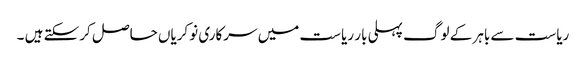
ریاست سے باہر کے لوگ پہلی بار ریاست میں سرکاری نوکریاں حاصل کرسکتے ہیں ۔